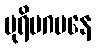
ပုရိမဂမနေ